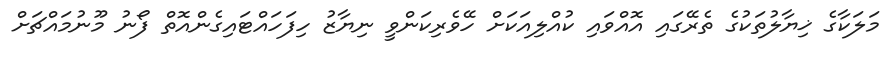
މަލަކާގެ ޚިޔާލުތަކުގެ ތެރޭގައި އޮއްވައި ކުއްލިއަކަށް ހޭވެރިކަންވީ ނިޔާޒު ހިފަހައްޓައިގެންއޮތް ފޯނު މޫނުމައްޗަށް